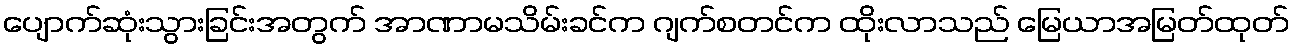
ပျောက်ဆုံးသွားခြင်းအတွက် အာဏာမသိမ်းခင်က ဂျက်စတင်က ထိုးလာသည် မြေယာအမြတ်ထုတ်